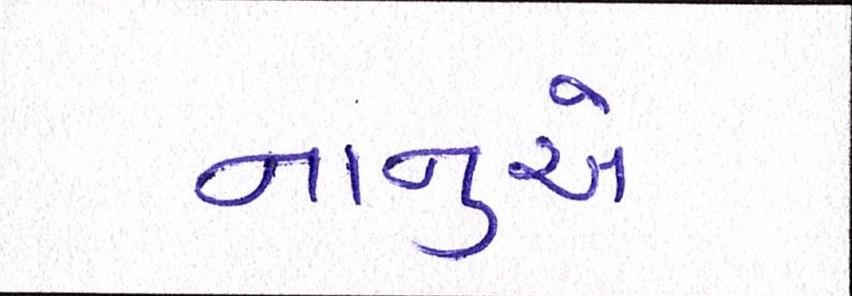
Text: નાનુએ